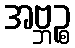
အဗ္ဘဉ္စ